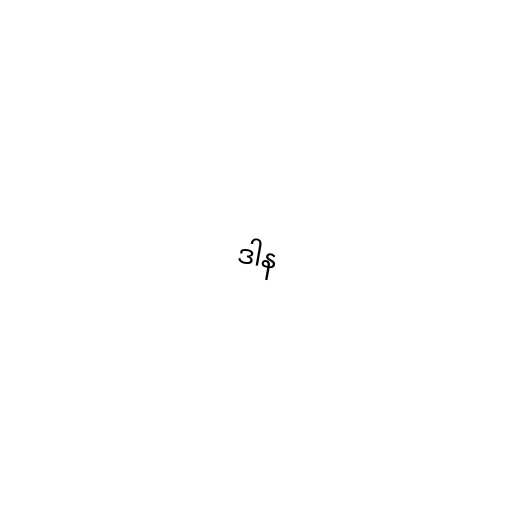
ဒါန